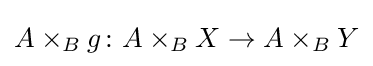
A\times _{B}g\colon A\times _{B}X\rightarrow A\times _{B}Y